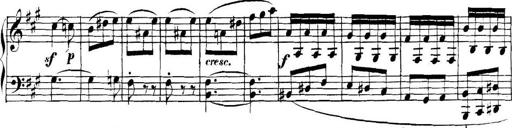
Title: Collected Piano Sonatas
Composer: Muzio Clementi